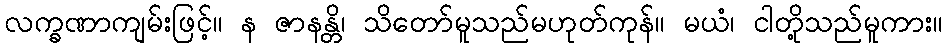
လက္ခဏာကျမ်းဖြင့်။ န ဇာနန္တိ၊ သိတော်မူသည်မဟုတ်ကုန်။ မယံ၊ ငါတို့သည်မူကား။